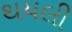
થયલી